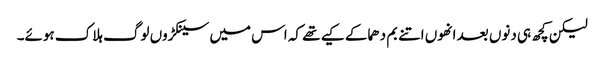
لیکن کچھ ہی دنوں بعد انھوں اتنے بم دھماکے کیے تھے کہ اس میں سینکڑوں لوگ ہلاک ہوئے۔